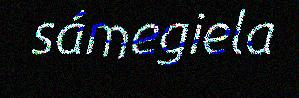
sámegiela